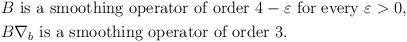
LaTeX: \begin{align*}&\mbox{$B$ is a smoothing operator of order $4-\varepsilon$ for every $\varepsilon>0$},\\&\mbox{$B\nabla_b$ is a smoothing operator of order $3$}.\end{align*}